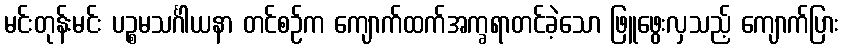
မင်းတုန်းမင်း ပဉ္စမသင်္ဂါယနာ တင်စဉ်က ကျောက်ထက်အက္ခရာတင်ခဲ့သော ဖြူဖွေးလှသည့် ကျောက်ပြား